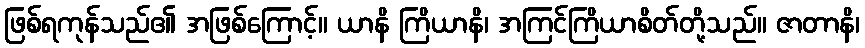
ဖြစ်ရကုန်သည်၏ အဖြစ်ကြောင့်။ ယာနိ ကြိယာနိ၊ အကြင်ကြိယာစိတ်တို့သည်။ ဇာတာနိ၊